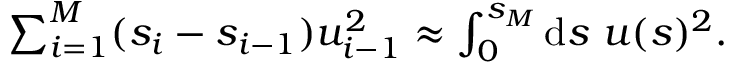
\begin{array} { r } { \sum _ { i = 1 } ^ { M } ( s _ { i } - s _ { i - 1 } ) u _ { i - 1 } ^ { 2 } \approx \int _ { 0 } ^ { s _ { M } } \mathrm { d } s \ u ( s ) ^ { 2 } . } \end{array}